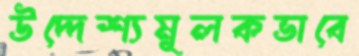
উদ্দেশ্যমূলকভাবে